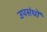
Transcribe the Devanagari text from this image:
उपसंघों